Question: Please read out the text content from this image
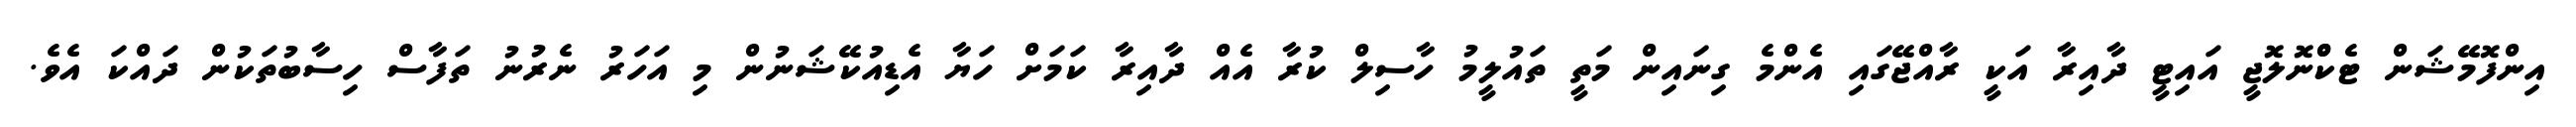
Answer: އިންފޮމޭޝަން ޓެކްްނޮލޮޖީ އައިޓީ ދާއިރާ އަކީ ރާއްޖޭގައި އެންމެ ގިނައިން މަތީ ތައުލީމު ހާސިލް ކުރާ އެއް ދާއިރާ ކަމަށް ހަޔާ އެޑިއުކޭޝަނުން މި އަހަރު ނެރުނު ތަފާސް ހިސާބުތަކުން ދައްކަ އެވެ.